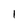
Character: I